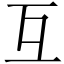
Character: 互